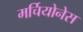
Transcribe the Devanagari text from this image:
मर्चियोनेस